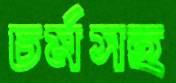
চর্মসহ